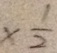
\times \frac { 1 } { 2 }